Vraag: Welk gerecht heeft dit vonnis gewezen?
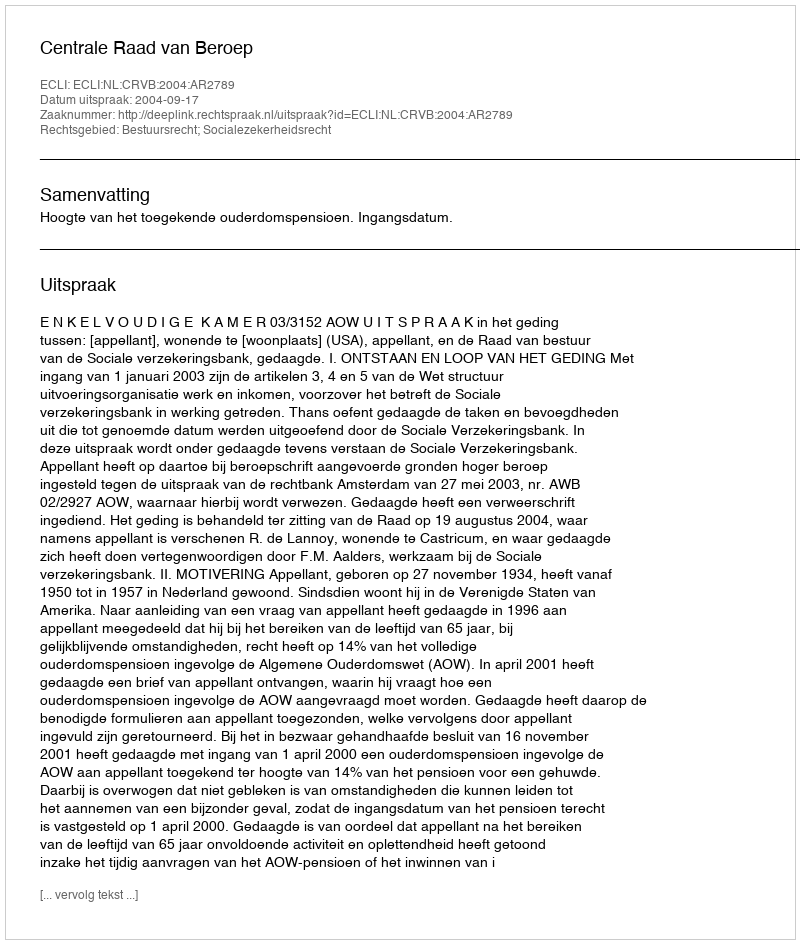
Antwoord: Centrale Raad van Beroep